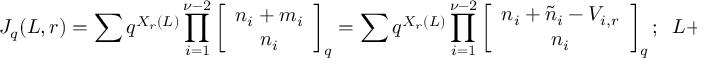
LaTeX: J _ { q } ( L , r ) = \sum q ^ { X _ { r } ( L ) } \prod _ { i = 1 } ^ { \nu - 2 } \left[ \begin{array} { c } { { n _ { i } + m _ { i } } } \\ { { n _ { i } } } \end{array} \right] _ { q } = \sum q ^ { X _ { r } ( L ) } \prod _ { i = 1 } ^ { \nu - 2 } \left[ \begin{array} { c } { { n _ { i } + \tilde { n } _ { i } - V _ { i , r } } } \\ { { n _ { i } } } \end{array} \right] _ { q } ; \; \; L + r \equiv e v e n \; \;